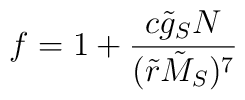
f=1+{c\tilde{g}_S N\over (\tilde{r}\tilde{M}_S)^7}